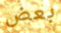
بعض